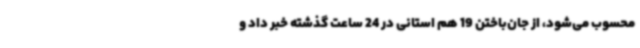
محسوب می‌شود، از جان‌باختن 19 هم استانی در 24 ساعت گذشته خبر داد و